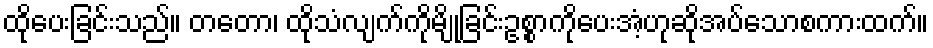
ထိုပေးခြင်းသည်။ တတော၊ ထိုသံလျက်ကိုမျိုခြင်းဥစ္စာကိုပေးအံ့ဟုဆိုအပ်သောစကားထက်။